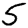
Digit: 5